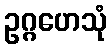
ဥဂ္ဂဟေသုံ